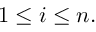
1 \leq i \leq n .